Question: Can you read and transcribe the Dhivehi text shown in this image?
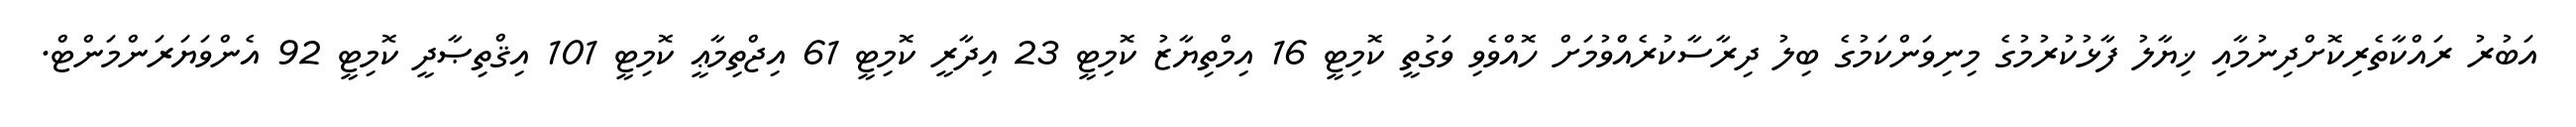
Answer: އަބުރު ރައްކާތެރިކޮށްދިނުމާއި ޚިޔާލު ފާޅުކުރުމުގެ މިނިވަންކަމުގެ ބިލު ދިރާސާކުރެއްވުމަށް ހޮއްވެވި ވަގުތީ ކޮމިޓީ 16 އިމްތިޔާޒު ކޮމިޓީ 23 އިދާރީ ކޮމިޓީ 61 އިޖްތިމާޢީ ކޮމިޓީ 101 އިޤްތިޞާދީ ކޮމިޓީ 92 އެންވަޔަރަންމަންޓް.